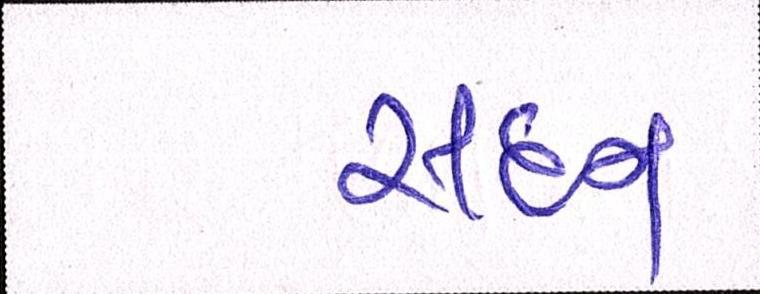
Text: સદન